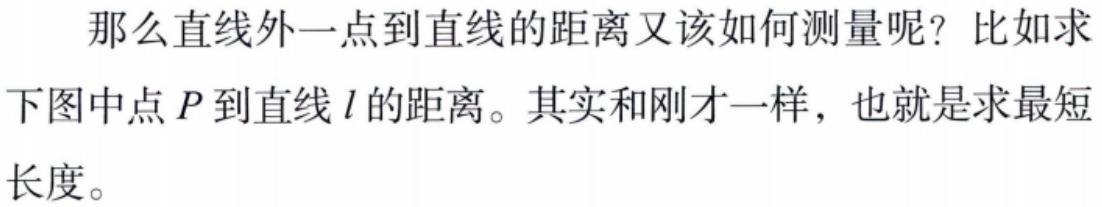
那么直线外一点到直线的距离又该如何测量呢？比如求

下图中点\(P\)到直线\(l\)的距离。其实和刚才一样，也就是求最短

长度。